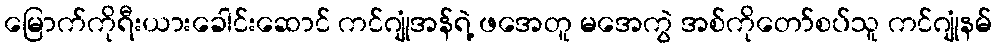
မြောက်ကိုရီးယားခေါင်းဆောင် ကင်ဂျုံအန်ရဲ့ ဖအေတူ မအေကွဲ အစ်ကိုတော်စပ်သူ ကင်ဂျုံနမ်